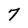
Character: 7